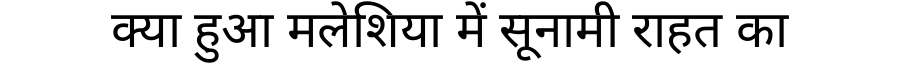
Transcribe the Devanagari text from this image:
क्या हुआ मलेशिया में सूनामी राहत का